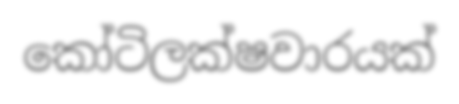
කෝටිලක්ෂවාරයක්